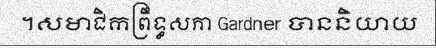
។សមាជិកព្រឹទ្ធសភា Gardner បាននិយាយ